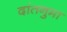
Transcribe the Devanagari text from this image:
दांतनुमा